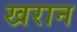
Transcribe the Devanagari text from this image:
खरान